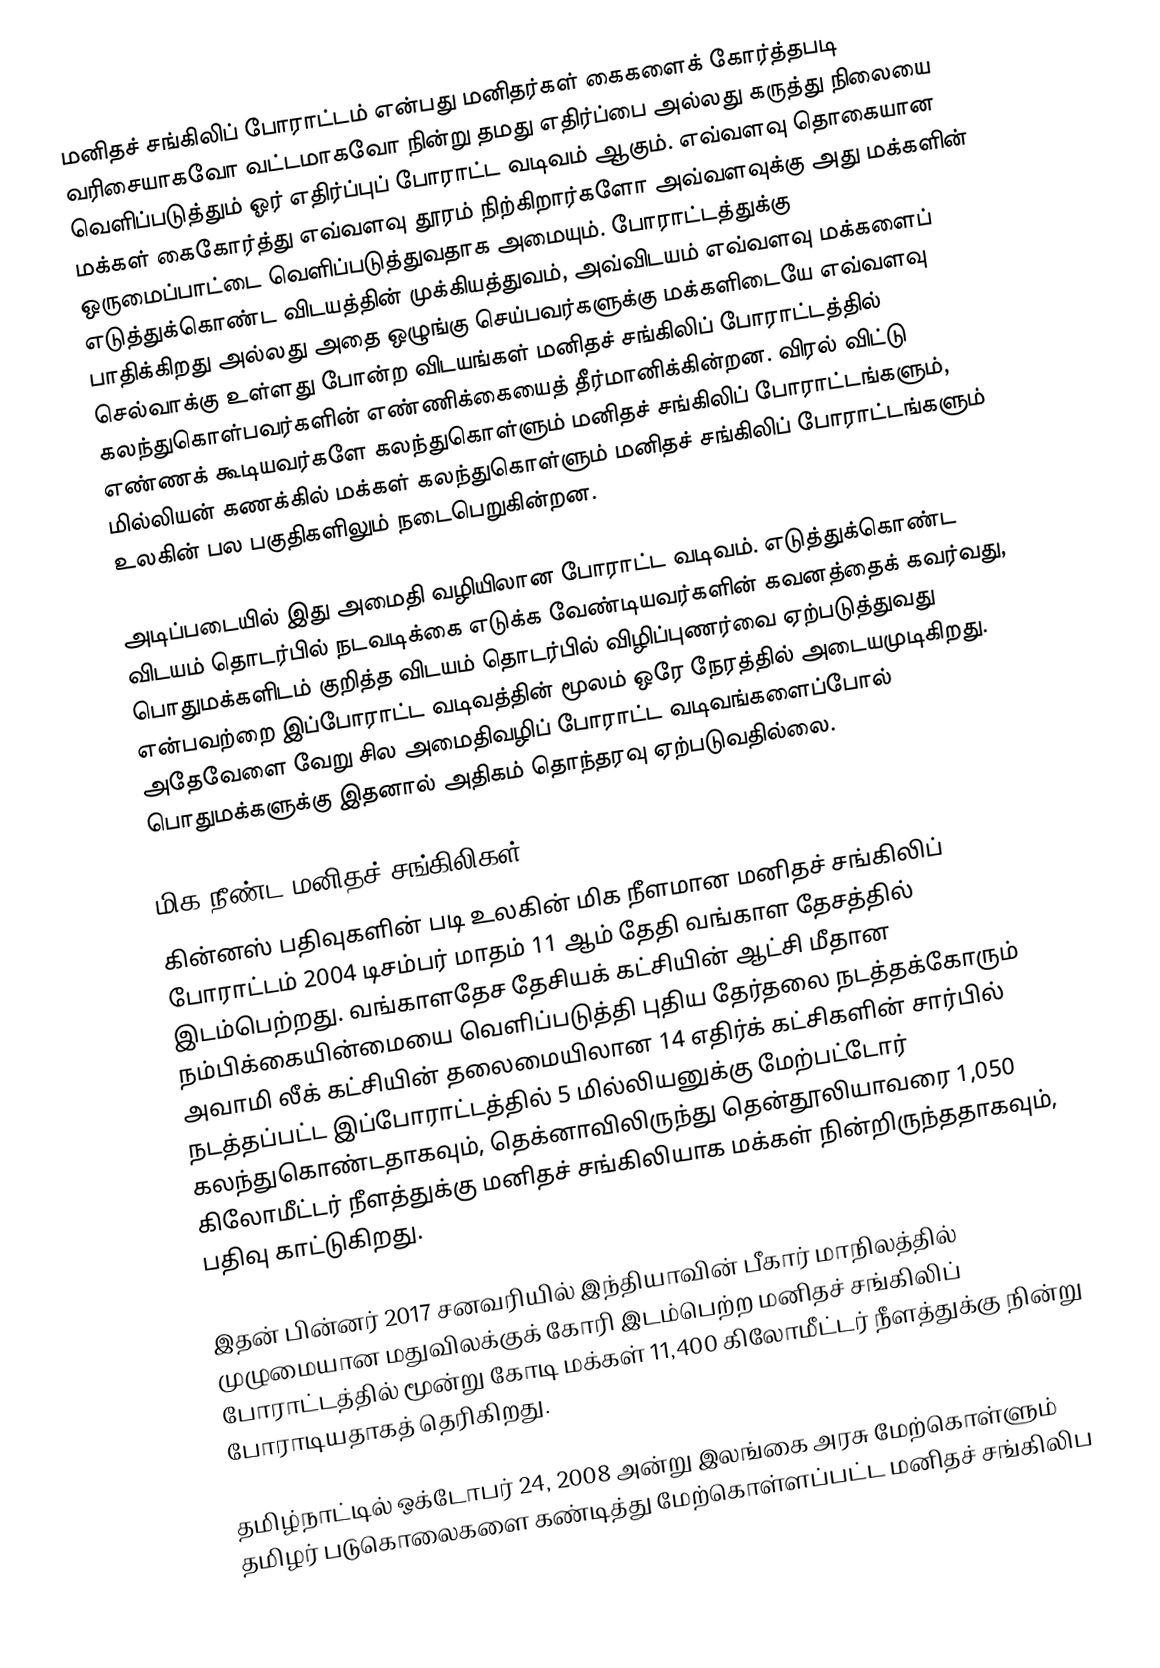
மனிதச் சங்கிலிப் போராட்டம் என்பது மனிதர்கள் கைகளைக் கோர்த்தபடி வரிசையாகவோ வட்டமாகவோ நின்று தமது எதிர்ப்பை அல்லது கருத்து நிலையை வெளிப்படுத்தும் ஓர் எதிர்ப்புப் போராட்ட வடிவம் ஆகும்.  எவ்வளவு தொகையான மக்கள் கைகோர்த்து எவ்வளவு தூரம் நிற்கிறார்களோ அவ்வளவுக்கு அது மக்களின் ஒருமைப்பாட்டை வெளிப்படுத்துவதாக அமையும். போராட்டத்துக்கு எடுத்துக்கொண்ட விடயத்தின் முக்கியத்துவம், அவ்விடயம் எவ்வளவு மக்களைப் பாதிக்கிறது அல்லது அதை ஒழுங்கு செய்பவர்களுக்கு மக்களிடையே எவ்வளவு செல்வாக்கு உள்ளது போன்ற விடயங்கள் மனிதச் சங்கிலிப் போராட்டத்தில் கலந்துகொள்பவர்களின் எண்ணிக்கையைத் தீர்மானிக்கின்றன. விரல் விட்டு எண்ணக் கூடியவர்களே கலந்துகொள்ளும் மனிதச் சங்கிலிப் போராட்டங்களும், மில்லியன் கணக்கில் மக்கள் கலந்துகொள்ளும் மனிதச் சங்கிலிப் போராட்டங்களும் உலகின் பல பகுதிகளிலும் நடைபெறுகின்றன.

அடிப்படையில் இது அமைதி வழியிலான போராட்ட வடிவம். எடுத்துக்கொண்ட விடயம் தொடர்பில் நடவடிக்கை எடுக்க வேண்டியவர்களின் கவனத்தைக் கவர்வது, பொதுமக்களிடம் குறித்த விடயம் தொடர்பில் விழிப்புணர்வை ஏற்படுத்துவது என்பவற்றை இப்போராட்ட வடிவத்தின் மூலம் ஒரே நேரத்தில் அடையமுடிகிறது. அதேவேளை வேறு சில அமைதிவழிப் போராட்ட வடிவங்களைப்போல் பொதுமக்களுக்கு இதனால் அதிகம் தொந்தரவு ஏற்படுவதில்லை.

மிக நீண்ட மனிதச் சங்கிலிகள்
கின்னஸ் பதிவுகளின் படி உலகின் மிக நீளமான மனிதச் சங்கிலிப் போராட்டம் 2004 டிசம்பர் மாதம் 11 ஆம் தேதி வங்காள தேசத்தில் இடம்பெற்றது. வங்காளதேச தேசியக் கட்சியின் ஆட்சி மீதான நம்பிக்கையின்மையை வெளிப்படுத்தி புதிய தேர்தலை நடத்தக்கோரும் அவாமி லீக் கட்சியின் தலைமையிலான 14 எதிர்க் கட்சிகளின் சார்பில் நடத்தப்பட்ட இப்போராட்டத்தில் 5 மில்லியனுக்கு மேற்பட்டோர் கலந்துகொண்டதாகவும், தெக்னாவிலிருந்து தென்தூலியாவரை 1,050 கிலோமீட்டர் நீளத்துக்கு மனிதச் சங்கிலியாக மக்கள் நின்றிருந்ததாகவும், பதிவு காட்டுகிறது.

இதன் பின்னர் 2017 சனவரியில் இந்தியாவின் பீகார் மாநிலத்தில் முழுமையான மதுவிலக்குக் கோரி இடம்பெற்ற மனிதச் சங்கிலிப் போராட்டத்தில் மூன்று கோடி மக்கள் 11,400 கிலோமீட்டர் நீளத்துக்கு நின்று போராடியதாகத் தெரிகிறது.

தமிழ்நாட்டில் ஒக்டோபர் 24, 2008 அன்று இலங்கை அரசு மேற்கொள்ளும் தமிழர் படுகொலைகளை கண்டித்து மேற்கொள்ளப்பட்ட மனிதச் சங்கிலிப